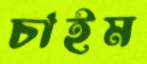
চাইম